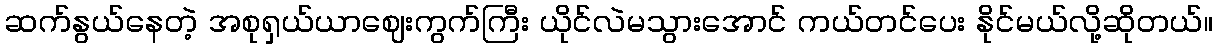
ဆက်နွယ်နေတဲ့ အစုရှယ်ယာဈေးကွက်ကြီး ယိုင်လဲမသွားအောင် ကယ်တင်ပေး နိုင်မယ်လို့ဆိုတယ်။